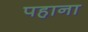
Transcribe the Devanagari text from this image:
पहाना